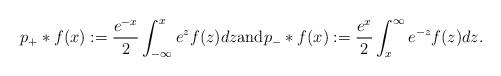
LaTeX: \begin{align*}p_+*f(x):=\dfrac{e^{-x}}{2}\int_{-\infty}^x e^zf(z)dz \hbox{and}p_-*f(x):=\dfrac{e^{x}}{2}\int_{x}^\infty e^{-z}f(z)dz.\end{align*}